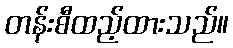
တန်းစီထည့်ထားသည်။